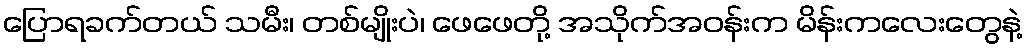
ပြောရခက်တယ် သမီး၊ တစ်မျိုးပဲ၊ ဖေဖေတို့ အသိုက်အဝန်းက မိန်းကလေးတွေနဲ့